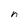
Character: n